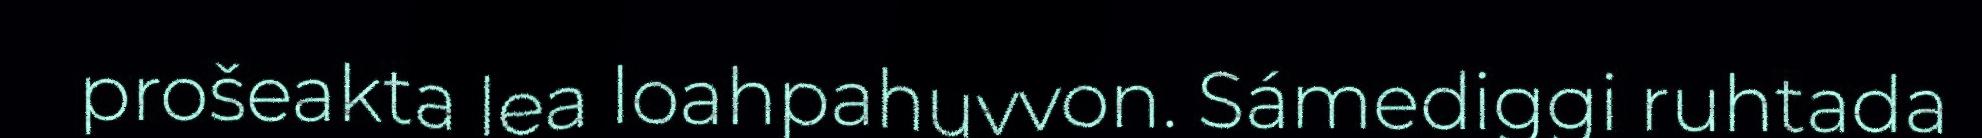
prošeakta lea loahpahuvvon. Sámediggi ruhtada